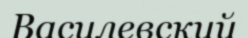
Василевский